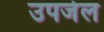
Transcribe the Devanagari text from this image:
उपजेल